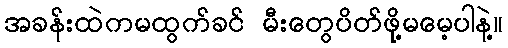
အခန်းထဲကမထွက်ခင် မီးတွေပိတ်ဖို့မမေ့ပါနဲ့။